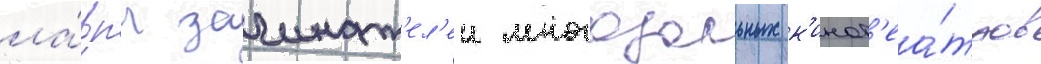
ла́вры зачинат'ел'еи многозальных к'инот'еа́тров